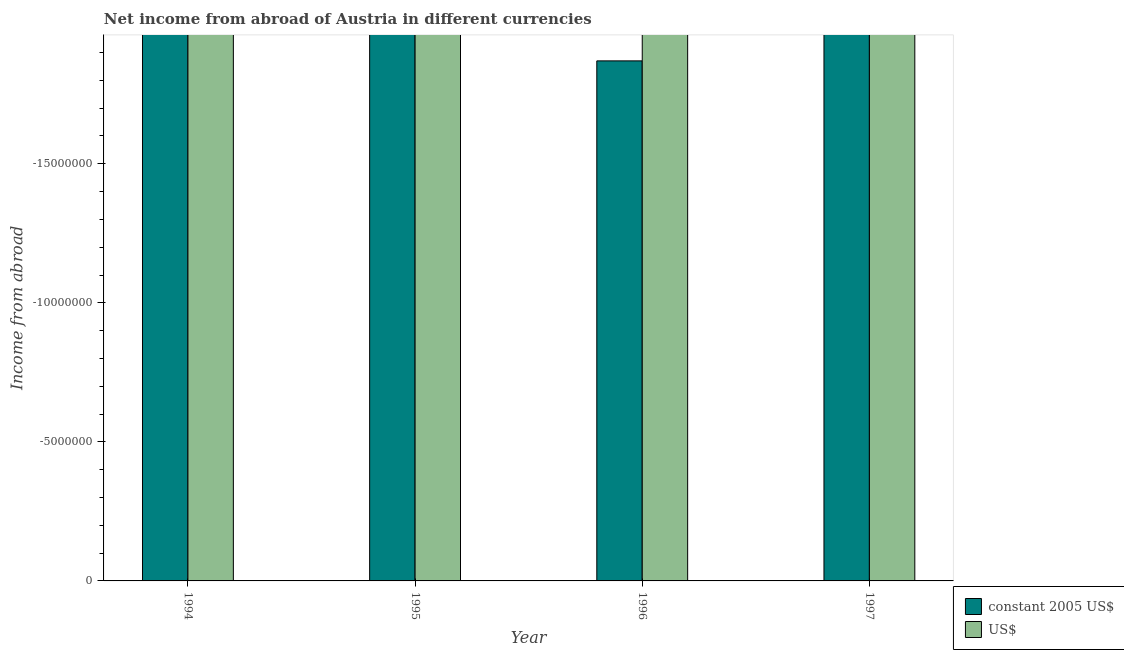
| Year | constant 2005 US$ | US$ |
 | --- | --- | --- |
 | 1994 | -2.46e+08 | -2.97e+08 |
 | 1995 | -8.92e+08 | -1.22e+09 |
 | 1996 | -1.87e+07 | -2.43e+07 |
 | 1997 | -6.7e+08 | -7.56e+08 |